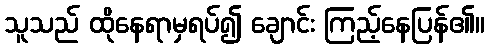
သူသည် ထိုနေရာမှရပ်၍ ချောင်း ကြည့်နေပြန်၏။